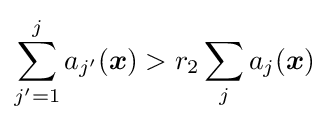
\sum _{j'=1}^{j}a_{j'}({\boldsymbol {x}})>r_{2}\sum _{j}a_{j}({\boldsymbol {x}})